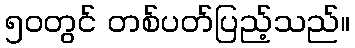
၅၀တွင် တစ်ပတ်ပြည့်သည်။